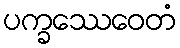
ပက္ခဿေဝေတံ